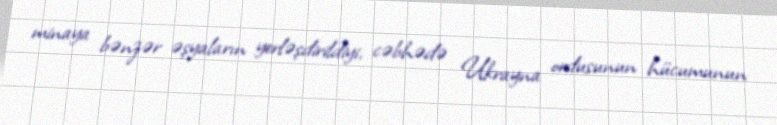
minaya bənzər əşyaların yerləşdirildiyi, cəbhədə Ukrayna ordusunun hücumunun